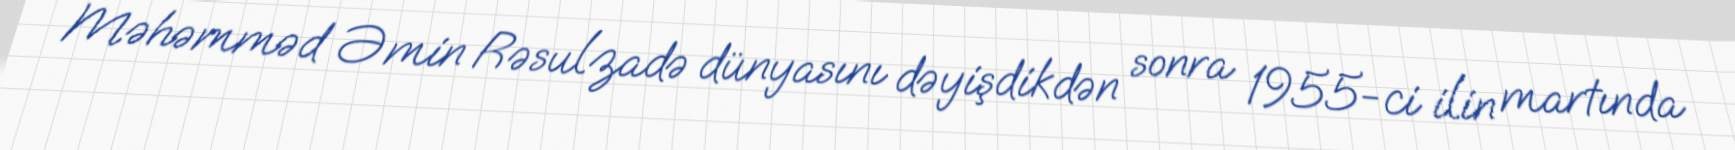
Məhəmməd Əmin Rəsulzadə dünyasını dəyişdikdən sonra 1955-ci ilin martında